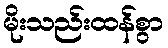
မိုးသည်းထန်စွာ